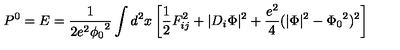
P ^ { 0 } = E = \frac { 1 } { 2 e ^ { 2 } { \phi _ { 0 } } ^ { 2 } } \int d ^ { 2 } x \left[ \frac { 1 } { 2 } F _ { i j } ^ { 2 } + \vert D _ { i } \Phi \vert ^ { 2 } + \frac { e ^ { 2 } } { 4 } ( \vert \Phi \vert ^ { 2 } - { \Phi _ { 0 } } ^ { 2 } ) ^ { 2 } \right]